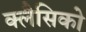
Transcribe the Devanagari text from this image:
क्लैसिको